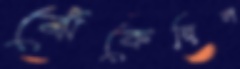
ঝেঁকেছিল